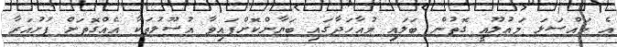
އެ މައްސަލަ މައުލޫއީ ގޮތުން ބަލައި މުއާހަދާގައި ބަޔާންކޮށްފައިވާ އުސޫލުތަކާ އެއްގޮތަށް ފުށުއަރާ